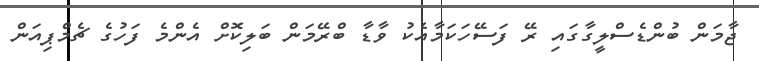
ޖާމަން ބުންޑެސްލީގާގައި ރޭ ފަސޭހަކަމާއެކު ވާޑާ ބްރޭމަން ބަލިކޮށް އެންމެ ފަހުގެ ޗެމްޕިއަން